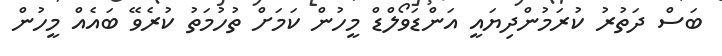
ބަސް ދަތުރު ކުރަމުންދިޔައީ އަންޑަވޯލްޑް މީހުން ކަމަށް ތުހުމަތު ކުރެވޭ ބައެއް މީހުން